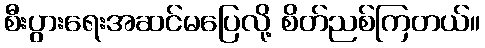
စီးပွားရေးအဆင်မပြေလို့ စိတ်ညစ်ကြတယ်။